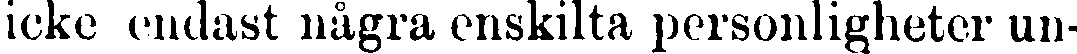
icke endast några enskilta personligheter un-